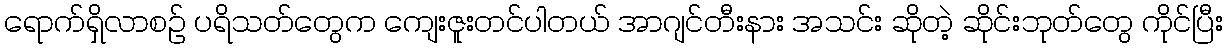
ရောက်ရှိလာစဉ် ပရိသတ်တွေက ကျေးဇူးတင်ပါတယ် အာဂျင်တီးနား အသင်း ဆိုတဲ့ ဆိုင်းဘုတ်တွေ ကိုင်ပြီး